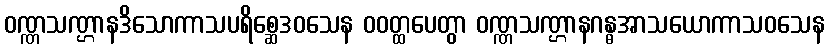
ဝဏ္ဏသဏ္ဌာနဒိသောကာသပရိစ္ဆေဒဝသေန ဝဝတ္ထပေတွာ ဝဏ္ဏသဏ္ဌာနဂန္ဓအာသယောကာသဝသေန